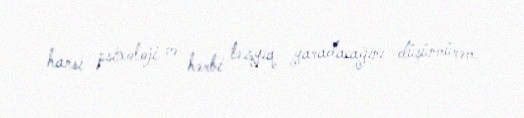
hansı psixoloji və hərbi təzyiq yaradacağını düşünmürəm.